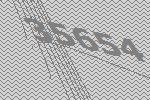
35654